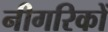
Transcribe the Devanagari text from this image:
नीगरिकों